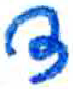
אות: ד